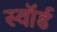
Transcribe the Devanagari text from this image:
स्‍वॉर्ड